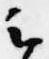
云